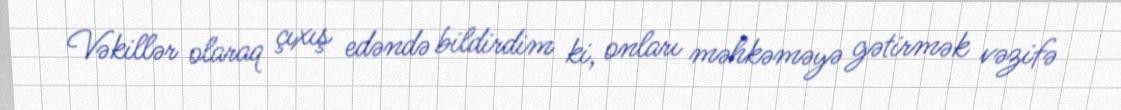
Vəkillər olaraq çıxış edəndə bildirdim ki, onları məhkəməyə gətirmək vəzifə